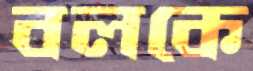
বলকে